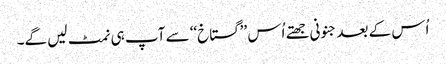
اُس کے بعد جنونی جھتے اُس ’’گستاخ‘‘ سے آپ ہی نمٹ لیں گے۔